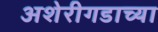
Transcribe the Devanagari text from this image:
अशेरीगडाच्या